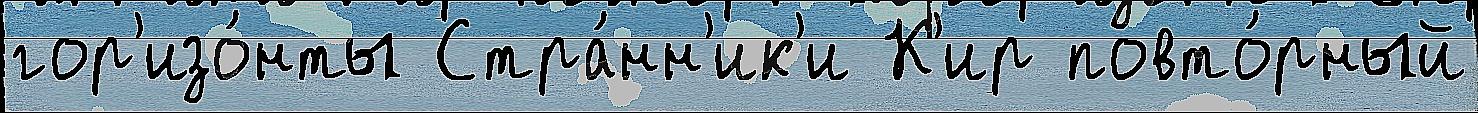
гор'изо́нты Стра́нн'ик'и К'ир повто́рный